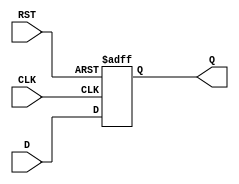
module FlipFlopRegister #(
    parameter WIDTH = 8  // Parameter to define the width of the register
)(
    input wire [WIDTH-1:0] D,   // Data input
    input wire CLK,              // Clock input
    input wire RST,              // Asynchronous reset
    output reg [WIDTH-1:0] Q     // Data output
);

    // Always block triggered on the clock edge or reset
    always @(posedge CLK or posedge RST) begin
        if (RST) begin
            Q <= {WIDTH{1'b0}};    // Reset the register to 0
        end else begin
            Q <= D;                // Capture the input data on clock edge
        end
    end

endmodule